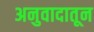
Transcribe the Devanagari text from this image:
अनुवादातून